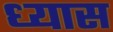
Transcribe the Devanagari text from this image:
ध्‍यास